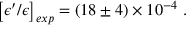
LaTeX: \left[ \epsilon ^ { \prime } / \epsilon \right] _ { e x p } = \left( 1 8 \pm 4 \right) \times 1 0 ^ { - 4 } \ .